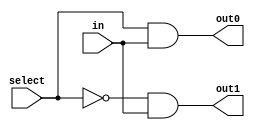
module demux (
    input wire in,
    input wire select,
    output wire out0,
    output wire out1
);

assign out0 = (select & in);
assign out1 = (~select & in);

endmodule